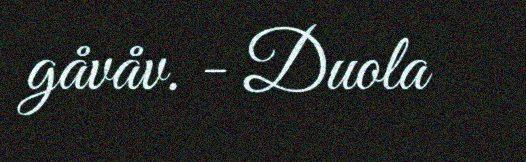
gåvåv. - Duola